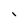
Character: l